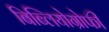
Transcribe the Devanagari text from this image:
बिब्लियोग्रोफी